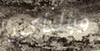
وبالتأكيد